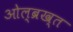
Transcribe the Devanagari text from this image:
ओल्ब्रख्त